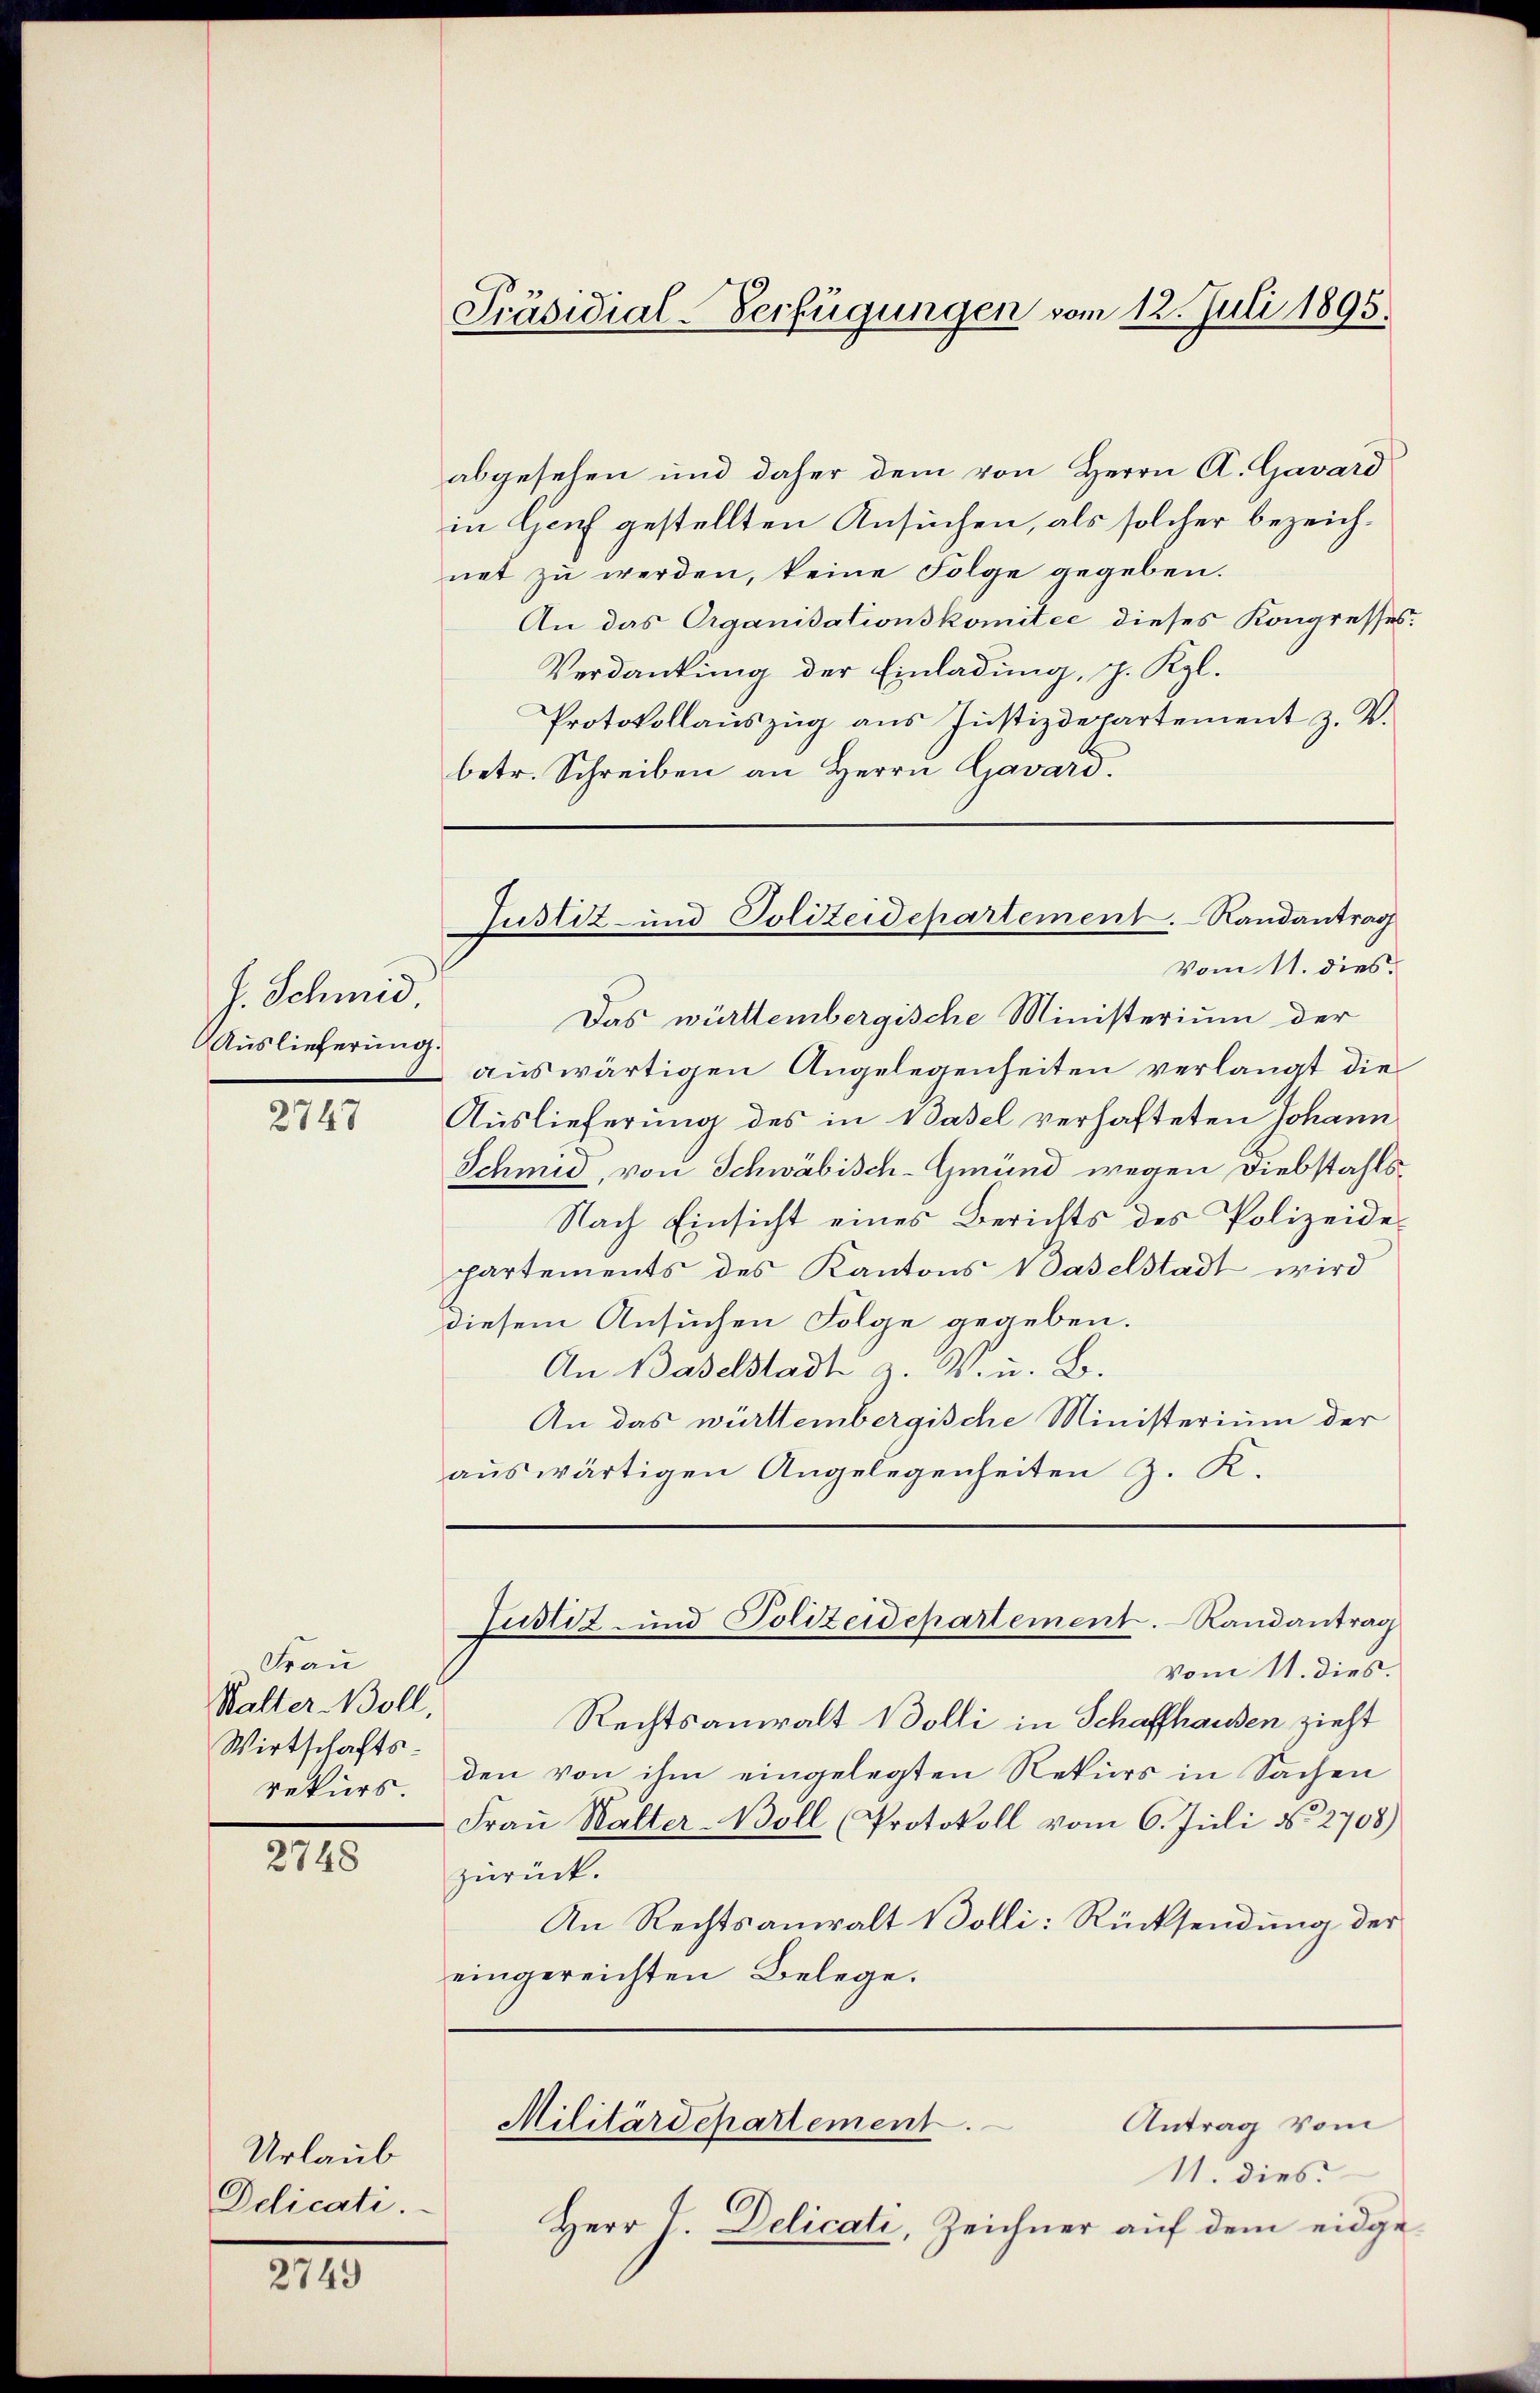
J. Schmid,
Auslieferung.

2747

Frau
Kalter Moll,
Wirtschafts-
rekurs.

2748

Urlaub
Ddicati

2743

Präsidial-Verfügungen vom 12. Juli 1895.

abgesehen und daher dem von Herrn A. Gavard
in Genf gestellten Ansuchen, als solcher bezeichnet zu werden, keine Folge gegeben.
An das Organisationskomitee dieses Kongresses.
Verdankung der Einladung, p. Kgl.
Protokollauszug aus Justizdepartement z. B.
betr. Schreiben an Herrn Gavard.
Das württembergische Ministerium der
auswärtigen Angelegenheiten verlangt die
Auslieferung des in Basel verhafteten Johann
Schmid, von Schwäbisch-Gmund wegen Diebstahls¬
Nach Einsicht eines Berichts des Polizeidepartements des Kantons Vaselstadt wird
diesem Ansuchen Folge gegeben.
An Baselstadt W. u. B.
An das württembergische Ministerium der
aŭswärtigen Angelegenheiten z. K.
Justiz und Polizeidchartement. Randantrag
Vom 11. dies.
Rechtsanwalt Bolli in Schaffhausen zieht
den von ihm eingelegten Rekurs in Sachen
Fraŭ Walter-Boll (Protokoll vom 6. Juli No 2708)
zurück.
An Rechtsanwalt Bolli: Rücksendung der
eingereichten Belege.
Militärdepartement.
Antrag vom
11. dies
Herr V. Delicati, Zeichner auf dem eidge¬

Justiz- und Polizeidepartement. Randantrag
Vom 11. dies